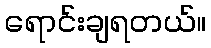
ရောင်းချရတယ်။